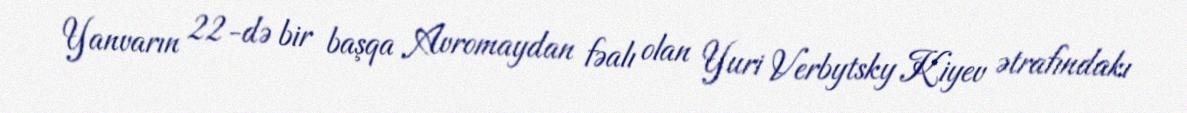
Yanvarın 22-də bir başqa Avromaydan fəalı olan Yuri Verbytsky Kiyev ətrafındakı